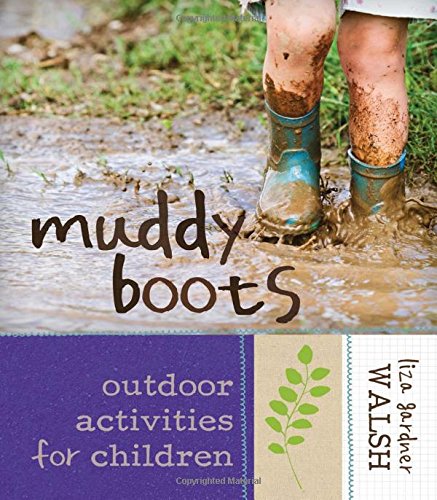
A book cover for Muddy Boots: Outdoor Activities for Children; Liza Gardner Walsh; Crafts, Hobbies & Home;